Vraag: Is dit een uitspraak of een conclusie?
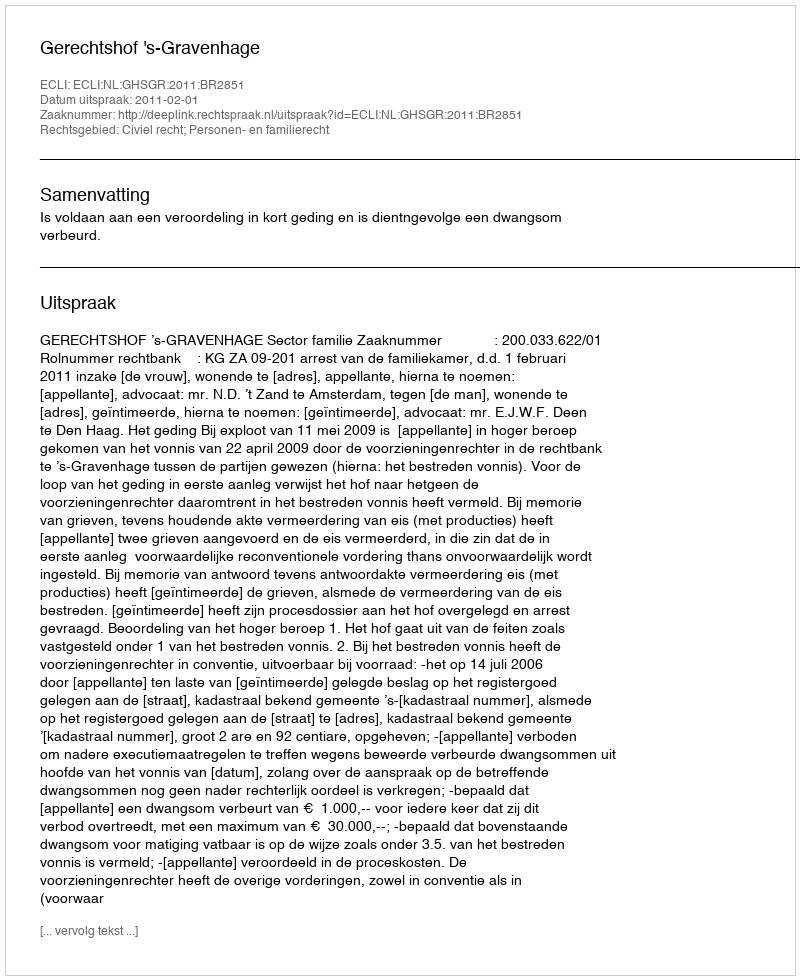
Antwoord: Uitspraak